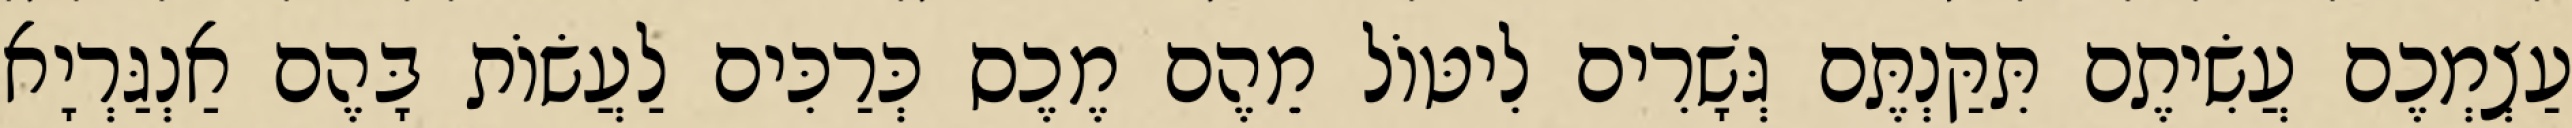
עַצְמְכֶם עֲשִׂיתֶם תִּקַּנְתֶּם גְּשָׁרִים לִיטּוֹל מֵהֶם מֶכֶס כְּרַכִּים לַעֲשׂוֹת בָּהֶם אַנְגַּרְיָא